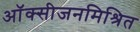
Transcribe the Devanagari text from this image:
ऑक्सीजनमिश्रित